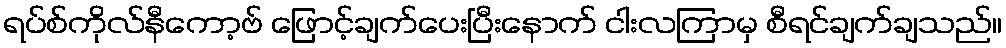
ရပ်စ်ကိုလ်နီကော့ဗ် ဖြောင့်ချက်ပေးပြီးနောက် ငါးလကြာမှ စီရင်ချက်ချသည်။